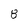
Character: 8